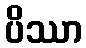
ပိဿာ